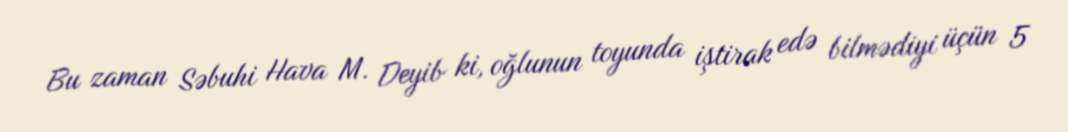
Bu zaman Səbuhi Hava M. Deyib ki, oğlunun toyunda iştirak edə bilmədiyi üçün 5